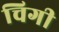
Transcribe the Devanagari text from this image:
चिगी